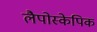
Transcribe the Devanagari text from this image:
लैपोस्केपिक